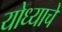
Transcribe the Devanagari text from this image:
योध्याचे